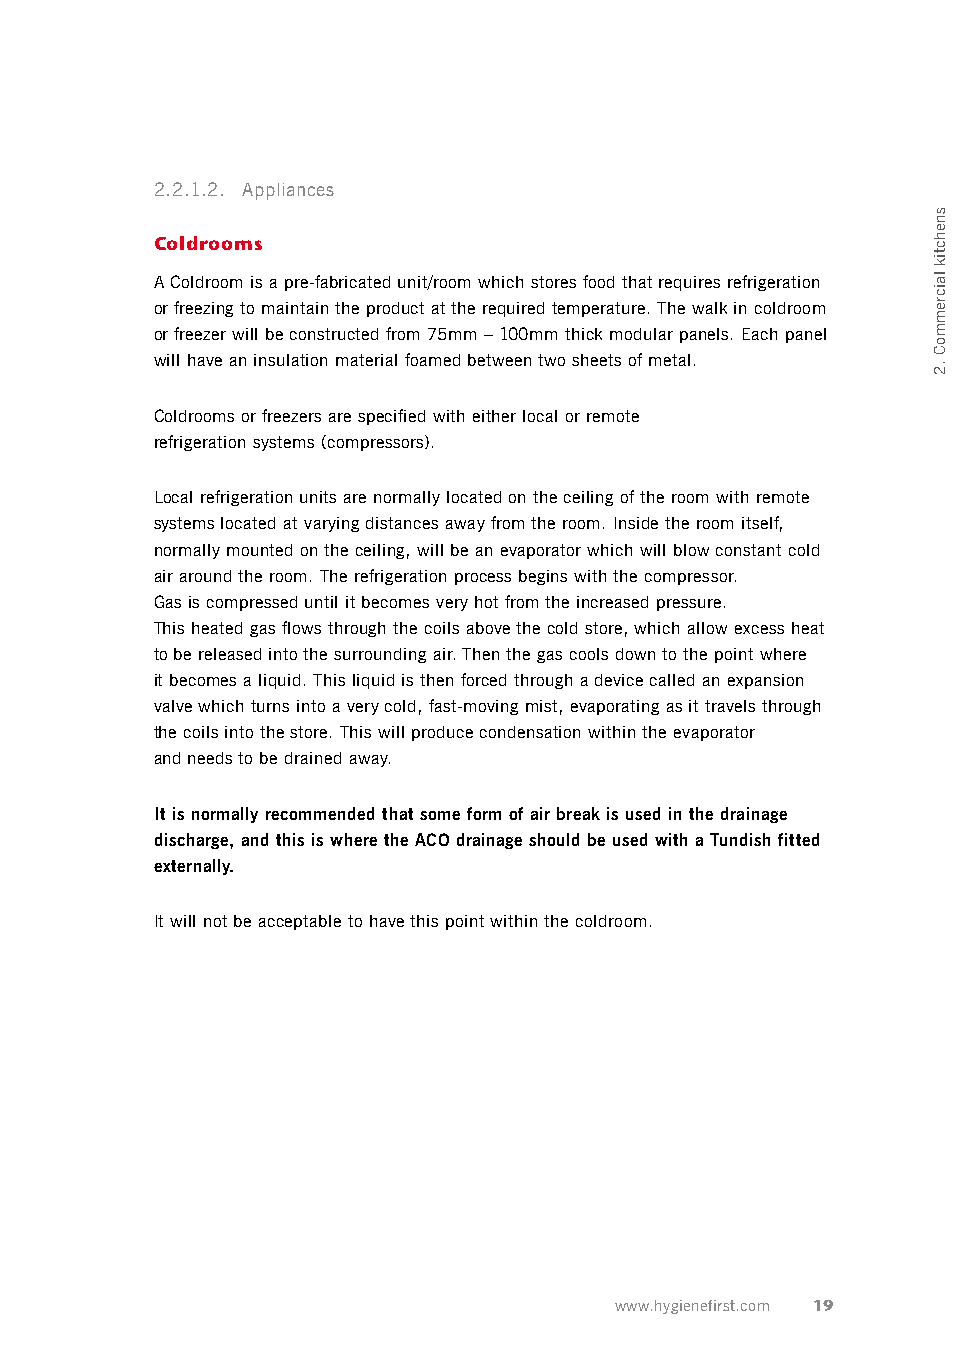
2.2.1.2. Appliances
 Coldrooms
 A Coldroom is a pre-fabricated unit/room which stores food that requires refrigeration
 or freezing to maintain the product at the required temperature. The walk in coldroom
 or freezer will be constructed from 75mm – 100mm thick modular panels. Each panel
 will have an insulation material foamed between two sheets of metal.
 Coldrooms or freezers are specified with either local or remote
 refrigeration systems (compressors).
 Local refrigeration units are normally located on the ceiling of the room with remote
 systems located at varying distances away from the room. Inside the room itself,
 normally mounted on the ceiling, will be an evaporator which will blow constant cold
 air around the room. The refrigeration process begins with the compressor.
 Gas is compressed until it becomes very hot from the increased pressure.
 This heated gas flows through the coils above the cold store, which allow excess heat
 to be released into the surrounding air. Then the gas cools down to the point where
 it becomes a liquid. This liquid is then forced through a device called an expansion
 valve which turns into a very cold, fast-moving mist, evaporating as it travels through
 the coils into the store. This will produce condensation within the evaporator
 and needs to be drained away.
 It is normally recommended that some form of air break is used in the drainage
 discharge, and this is where the ACO drainage should be used with a Tundish fitted
 externally.
 It will not be acceptable to have this point within the coldroom.
 www.hygienefirst.com 19
 snehctik
 laicremmoC
 .2